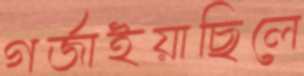
গর্‌জাইয়াছিলে